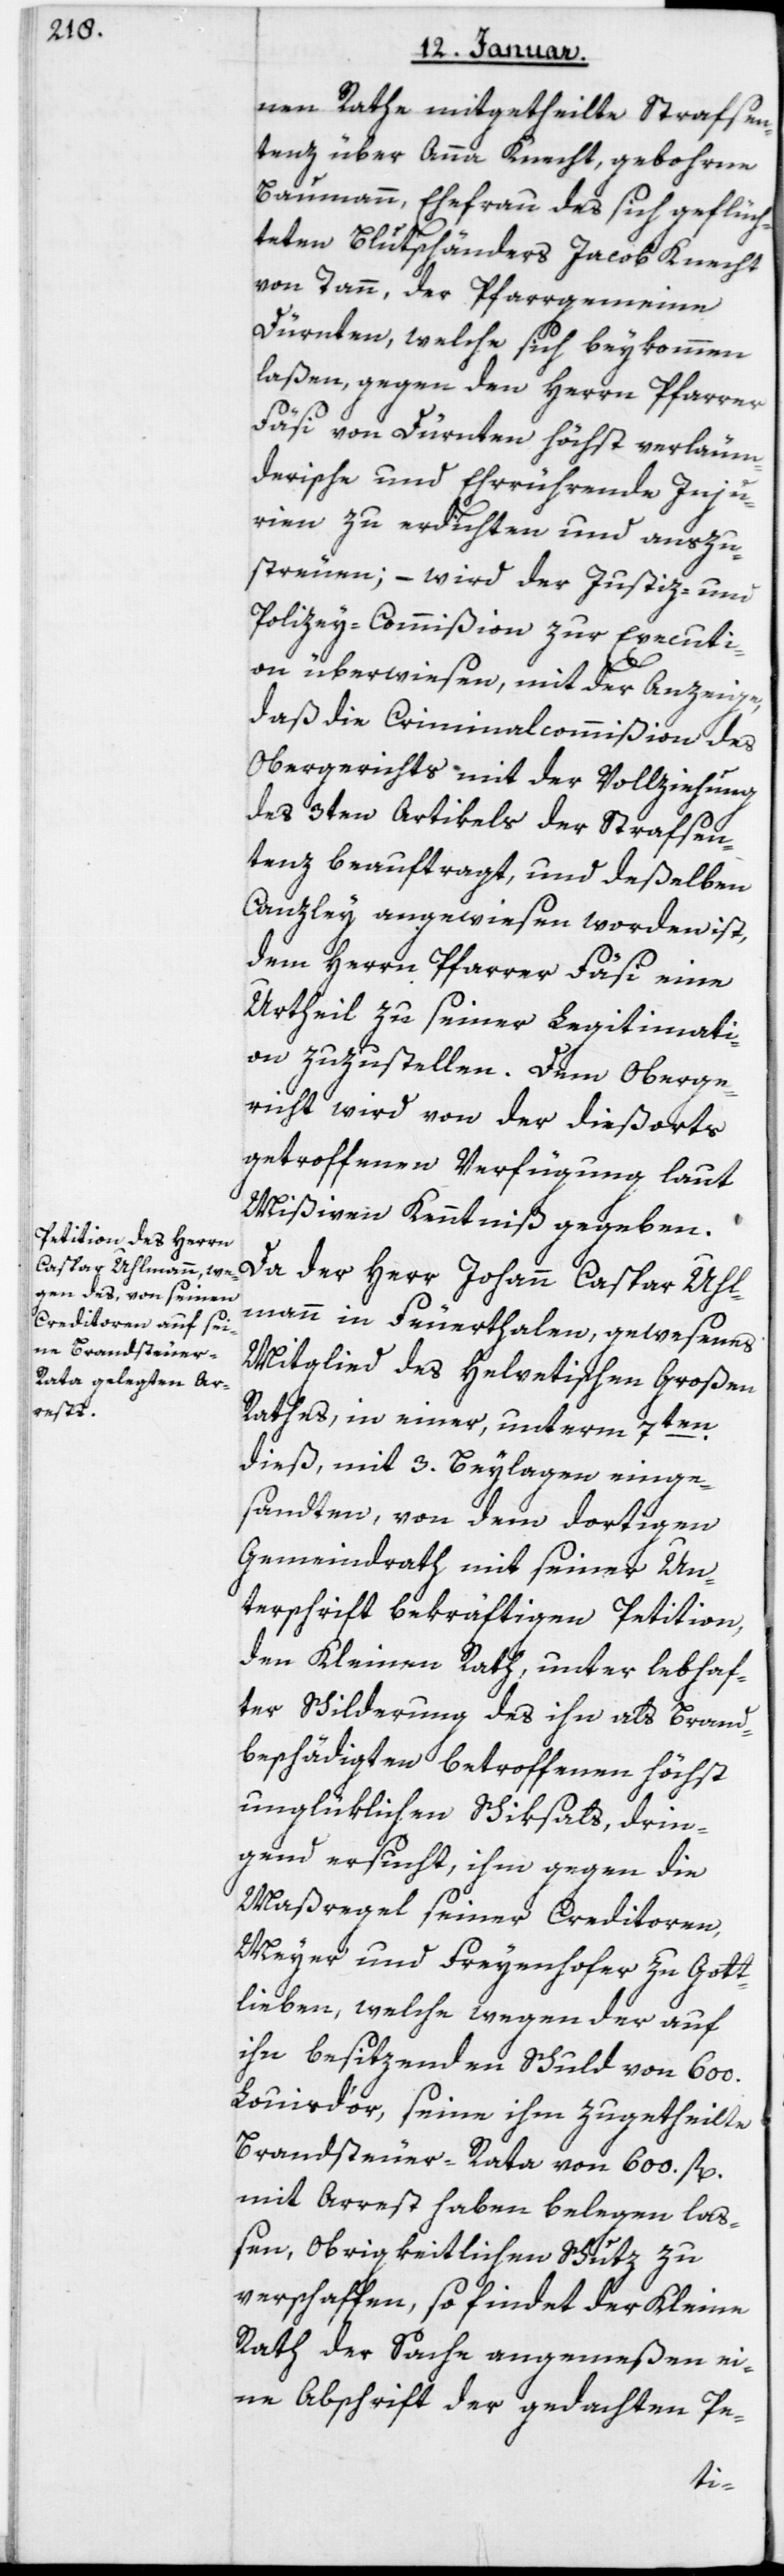
nen Rathe mitgetheilte Strafsen¬
tenz über Anna Knecht, geborne
Baumann, Ehefrau des sich geflüch¬
teten Blutschänders Jacob Knecht
von Tann, der Pfarrgemeinde
Dürnten, welche sich beykommen
laßen, gegen den Herrn Pfarrer
Fäsi von Dürnten höchst verleum¬
derische und Ehrrührende Inju¬
rien zu erdichten und auszu¬
streuen; – wird der Justiz- und
Polizey-Commißion zur Executi¬
der
on überwiesen, mit der Anzeige,
daß die Criminalcommißion des
Obergerichts mit der Vollziehung
des 3ten Artikels der Strafsen¬
tenz beauftragt, und deßelben
Canzley angewiesen worden ist,
dem Herrn Pfarrer Fäsi eine
Urtheil zu seiner Legitimati¬
on zuzustellen. Dem Oberge¬
richt wird von der diesorts
getroffenen Verfügung laut
Mißiven Kenntniß gegeben.
mann in Feuerthalen, gewesenes
Mitglied des helvetischen Großen
Rathes, in einer, unterm 7ten
dieß, mit 3 Beylagen einge¬
sandten, von dem dortigen
Gemeindrath mit seiner Un¬
terschrift bekräftigten Petition,
den Kleinen Rath, unter lebhaf¬
ter Schilderung des ihn als Brand¬
beschädigten betroffenen höchst
unglüklichen Schiksals, drin¬
gend ersucht, ihm gegen die
Maßregel seiner Creditoren,
Meyer und Freyenhofer zu Gott¬
lieben, welche wegen der auf
ihn besitzenden Schuld von 600
Louis d’or, seine ihm zugetheilte
Brandsteuer-Rata von 600 fl.
mit Arrest haben belegen laß¬
en, obrigkeitlichen Schutz zu
verschaffen, so findet der Kleine
Rath der Sache angemeßen, ei¬
ne Abschrift der gedachten Pe-
Uhl¬